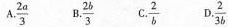
A.\frac{2a}{3} B.\frac{2b}{3} C.\frac{2}{b} D.\frac{2}{3b}